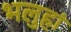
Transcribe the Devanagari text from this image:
भलुहां